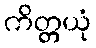
ကိတ္တယုံ